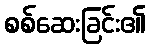
စစ်ဆေးခြင်း၏